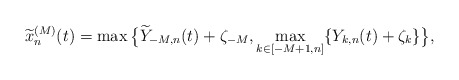
\begin{align*}\widetilde{x}_n^{(M)}(t)=\max\big\{\widetilde{Y}_{-M,n}(t)+\zeta_{-M},\max_{k\in [-M+1,n]}\{Y_{k,n}(t)+\zeta_k\}\big\},\end{align*}